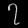
Digit: ၇